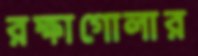
রক্ষাগোলার